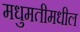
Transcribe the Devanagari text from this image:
मधुमतीमधील